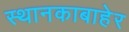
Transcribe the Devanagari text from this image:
स्थानकाबाहेर